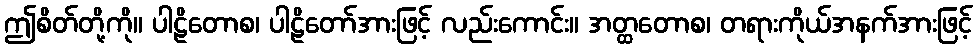
ဤစိတ်တို့ကို။ ပါဠိတောစ၊ ပါဠိတော်အားဖြင့် လည်းကောင်း။ အတ္ထတောစ၊ တရားကိုယ်အနက်အားဖြင့်